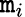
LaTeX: \mathtt{m}_{i}